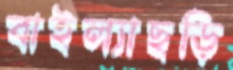
বাইল্যাছড়ি